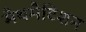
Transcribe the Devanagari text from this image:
मैथमैटिशन